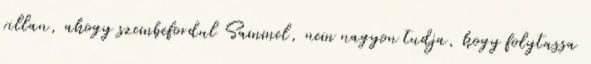
villan, ahogy szembefordul Sammel, nem nagyon tudja, hogy folytassa